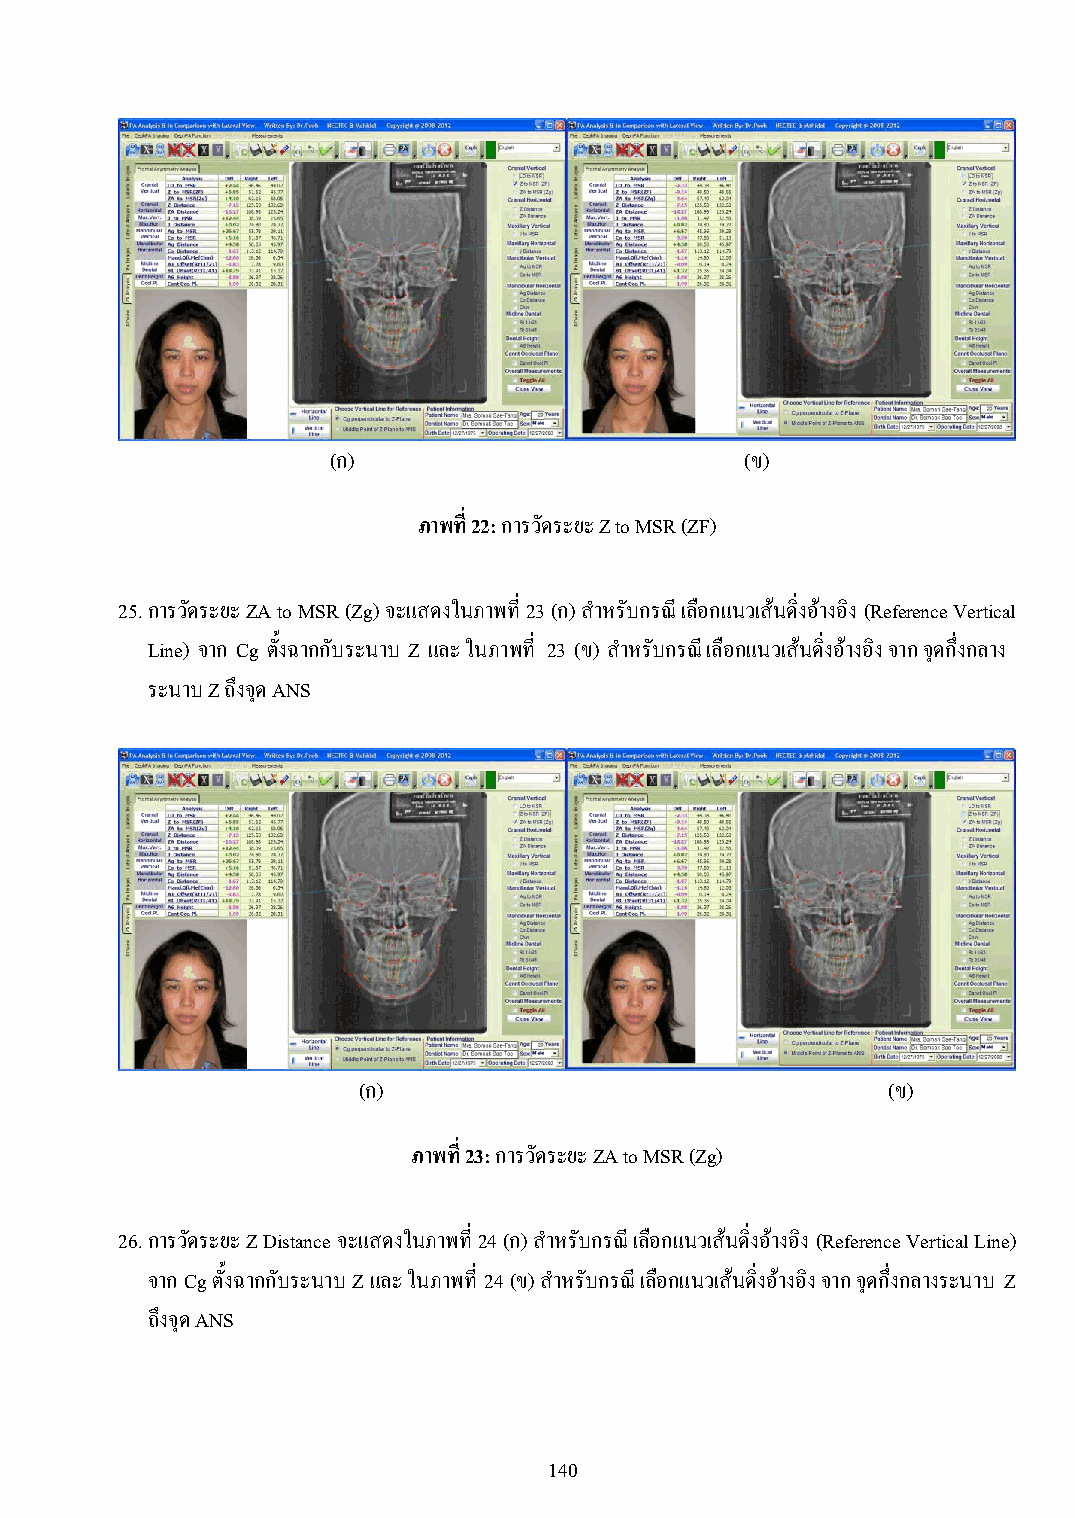
(ก)                        (ข)
 ภาพที่ 22: การวัดระยะ Z to MSR (ZF)
 25. การวัดระยะ ZA to MSR (Zg) จะแสดงในภาพที่ 23 (ก) ส าหรับกรณี เลือกแนวเส้นดิ่งอ้างอิง (Reference Vertical
 Line) จาก Cg ตั้งฉากกับระนาบ Z และ ในภาพที่ 23 (ข) ส าหรับกรณี เลือกแนวเส้นดิ่งอ้างอิง จาก จุดกึ่งกลาง
 ระนาบ Z ถึงจุด ANS
 (ก)                                (ข)
 ภาพที่ 23: การวัดระยะ ZA to MSR (Zg)
 26. การวัดระยะ Z Distance จะแสดงในภาพที่ 24 (ก) ส าหรับกรณี เลือกแนวเส้นดิ่งอ้างอิง (Reference Vertical Line)
 จาก Cg ตั้งฉากกับระนาบ Z และ ในภาพที่ 24 (ข) ส าหรับกรณี เลือกแนวเส้นดิ่งอ้างอิง จาก จุดกึ่งกลางระนาบ Z
 ถึงจุด ANS
 140